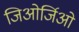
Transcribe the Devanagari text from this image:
जिओर्जिओ